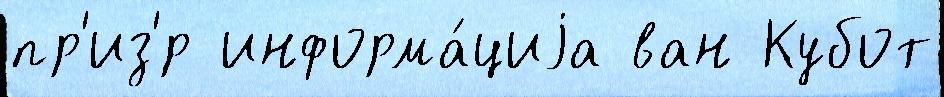
пр'из'́р информа́циjа ван Кубот